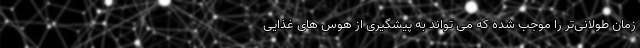
زمان طولانی‌تر را موجب شده که می تواند به پیشگیری از هوس های غذایی